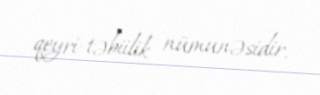
qeyri-təbiilik nümunəsidir.